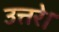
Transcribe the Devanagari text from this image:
उत्तरे।